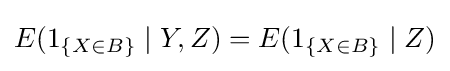
E(1_{\{X\in B\}}\mid Y,Z)=E(1_{\{X\in B\}}\mid Z)